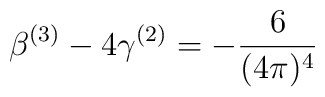
\beta^{(3)} - 4 \gamma^{(2)} = - \frac{6}{(4\pi)^4}